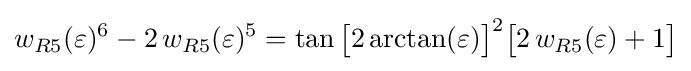
w_{R5}(\varepsilon )^{6}-2\,w_{R5}(\varepsilon )^{5}=\tan {\bigl [}2\arctan(\varepsilon ){\bigr ]}^{2}{\bigl [}2\,w_{R5}(\varepsilon )+1{\bigr ]}